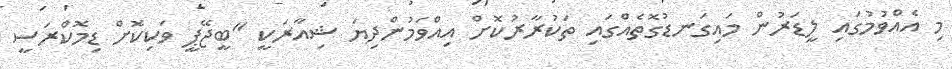
މި އެއްވުމުގައި ލީޑަރުން މައިގަނޑުގޮތެއްގައި ތަކުރާރުކޮށް އިއްވަމުންދިޔަ ޝިއާރަކީ "ބީޖޭޕީ ވަކިކޮށް ޑިމޮކްރަސީ